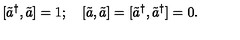
\lbrack \tilde { a } ^ { \dagger } , \tilde { a } ] = 1 ; \quad \left[ \tilde { a } , \tilde { a } \right] = [ \tilde { a } ^ { \dagger } , \tilde { a } ^ { \dagger } ] = 0 .